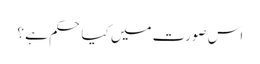
اس صورت میں کیا حکم ہے ؟